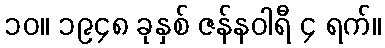
၁၀။ ၁၉၄၈ ခုနှစ် ဇန်နဝါရီ ၄ ရက်။